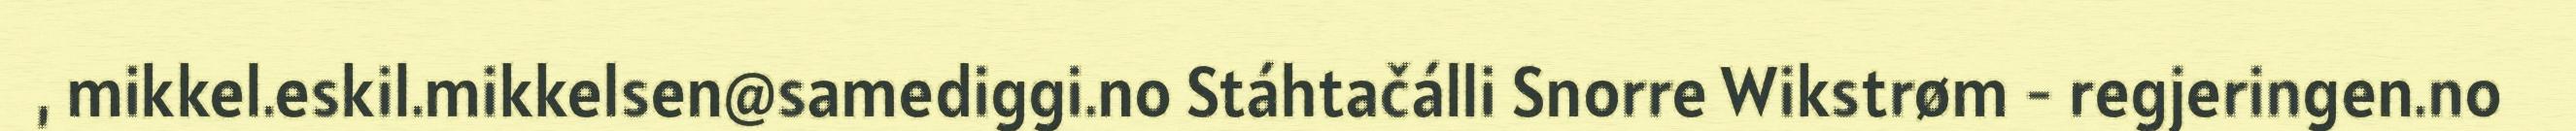
, mikkel.eskil.mikkelsen@samediggi.no Stáhtačálli Snorre Wikstrøm - regjeringen.no